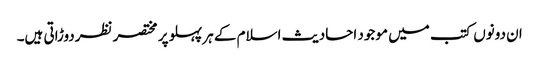
ان دونوں کتب میں موجود احادیث اسلام کے ہر پہلو پر مختصر نظردوڑاتی ہیں۔